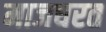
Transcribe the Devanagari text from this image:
माजघरत